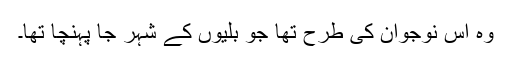
وہ اس نوجوان کی طرح تھا جو بلّیوں کے شہر جا پہنچا تھا۔